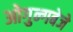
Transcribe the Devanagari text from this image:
ओगुन्गबेजे